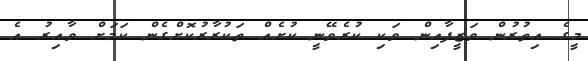
މީގެ އިތުރުން ވަޒީފާއިން ވަކި ކުރެވޭނީ ކުށެއް ތަކުރާރުކޮށްގެން ކަމަށް ވާއިރު އެ